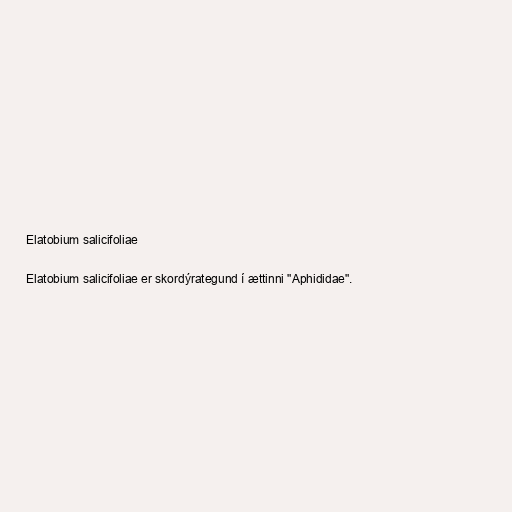
Elatobium salicifoliae

Elatobium salicifoliae er skordýrategund í ættinni "Aphididae".